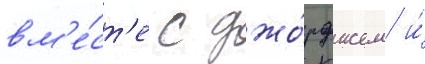
вм'е́ст'е с джо́рджем и́